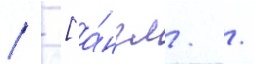
  [а́нгл. /